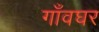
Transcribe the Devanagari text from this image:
गाँवघर